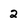
Character: 2